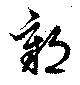
鄣